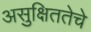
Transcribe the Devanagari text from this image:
असुक्षिततेचे